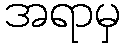
အရာမှ